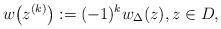
LaTeX: \begin{align*}w\big(z^{(k)}\big) := (-1)^kw_\Delta(z), z\in D,\end{align*}